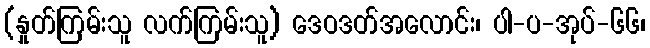
(နှုတ်ကြမ်းသူ လက်ကြမ်းသူ) ဒေဝဒတ်အလောင်း၊ ပါ-ပ-အုပ်-၆၆၊